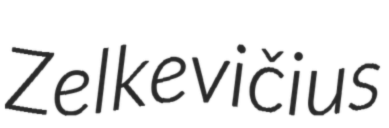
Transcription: Zelkevičius